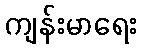
ကျန်းမာရေး